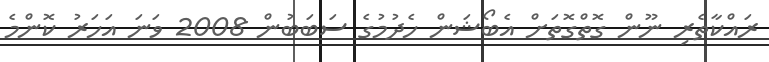
ރައްކާތެރި ނޫން ގޮތްގޮތަށް އެބޯޝަން ހެދުމުގެ ސަބަބުން 2008 ވަނަ އަހަރު ކޮންމެ